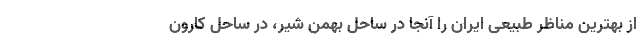
از بهترین مناظر طبیعی ایران را آنجا در ساحل بهمن شیر، در ساحل کارون